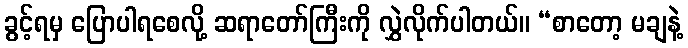
ခွင့်ရမှ ပြောပါရစေလို့ ဆရာတော်ကြီးကို လွှဲလိုက်ပါတယ်။ “စာတော့ မချနဲ့